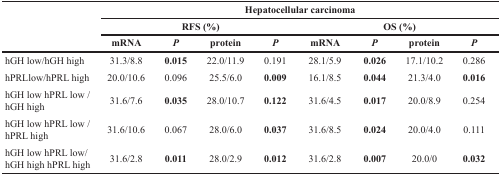
<table><thead><tr><td rowspan="3"></td><td colspan="8"><b>Hepatocellular carcinoma</b></td></tr><tr><td colspan="4"><b>RFS (%)</b></td><td colspan="4"><b>OS (%)</b></td></tr><tr><td><b>mRNA</b></td><td><b><i>P</i></b></td><td><b>protein</b></td><td><b><i>P</i></b></td><td><b>mRNA</b></td><td><b><i>P</i></b></td><td><b>protein</b></td><td><b><i>P</i></b></td></tr></thead><tbody><tr><td>hGH low/hGH high</td><td>31.3/8.8</td><td><b>0.015</b></td><td>22.0/11.9</td><td>0.191</td><td>28.1/5.9</td><td><b>0.026</b></td><td>17.1/10.2</td><td>0.286</td></tr><tr><td>hPRLlow/hPRL high</td><td>20.0/10.6</td><td>0.096</td><td>25.5/6.0</td><td><b>0.009</b></td><td>16.1/8.5</td><td><b>0.044</b></td><td>21.3/4.0</td><td><b>0.016</b></td></tr><tr><td>hGH low hPRL low /hGH high</td><td>31.6/7.6</td><td><b>0.035</b></td><td>28.0/10.7</td><td><b>0.122</b></td><td>31.6/4.5</td><td><b>0.017</b></td><td>20.0/8.9</td><td>0.254</td></tr><tr><td>hGH low hPRL low /hPRL high</td><td>31.6/10.6</td><td>0.067</td><td>28.0/6.0</td><td><b>0.037</b></td><td>31.6/8.5</td><td><b>0.024</b></td><td>20.0/4.0</td><td>0.111</td></tr><tr><td>hGH low hPRL low/hGH high hPRL high</td><td>31.6/2.8</td><td><b>0.011</b></td><td>28.0/2.9</td><td><b>0.012</b></td><td>31.6/2.8</td><td><b>0.007</b></td><td>20.0/0</td><td><b>0.032</b></td></tr></tbody></table>